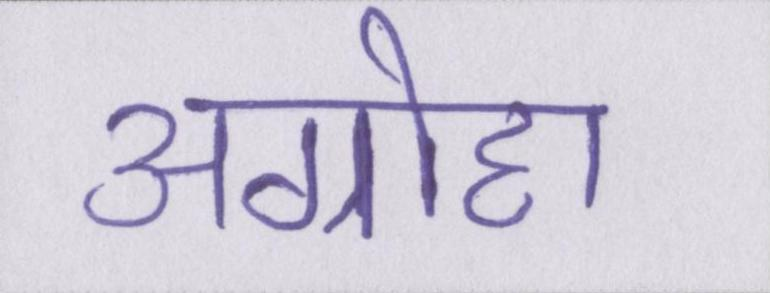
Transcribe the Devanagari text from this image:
अग्रोहा